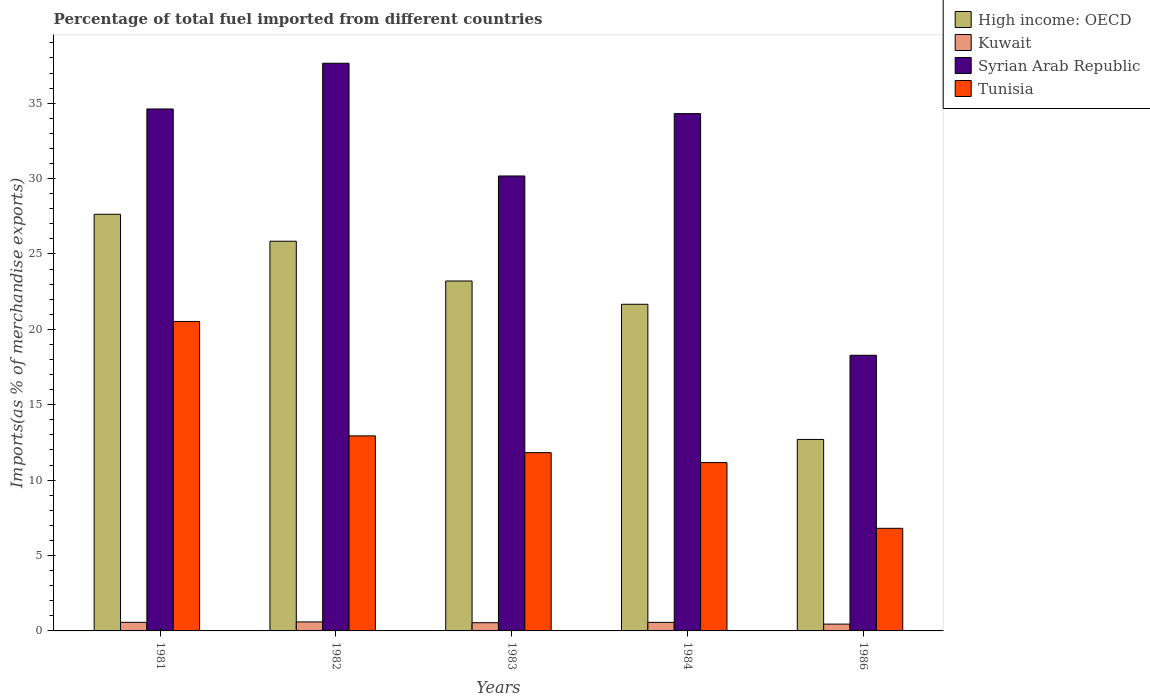
| Years | High income: OECD | Kuwait | Syrian Arab Republic | Tunisia |
 | --- | --- | --- | --- | --- |
 | 1981 | 27.6 | 0.569 | 34.6 | 20.5 |
 | 1982 | 25.8 | 0.597 | 37.6 | 12.9 |
 | 1983 | 23.2 | 0.545 | 30.2 | 11.8 |
 | 1984 | 21.7 | 0.567 | 34.3 | 11.2 |
 | 1986 | 12.7 | 0.453 | 18.3 | 6.81 |